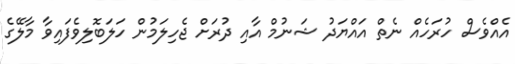
އެއްވެސް ހުރަހެއް ނެތް އައްޔަދު ޝަނުމް އާއި ދުރަށް ޖެހިލަމުން ހަލަބޮލިވެފައިވާ މާލޭގެ